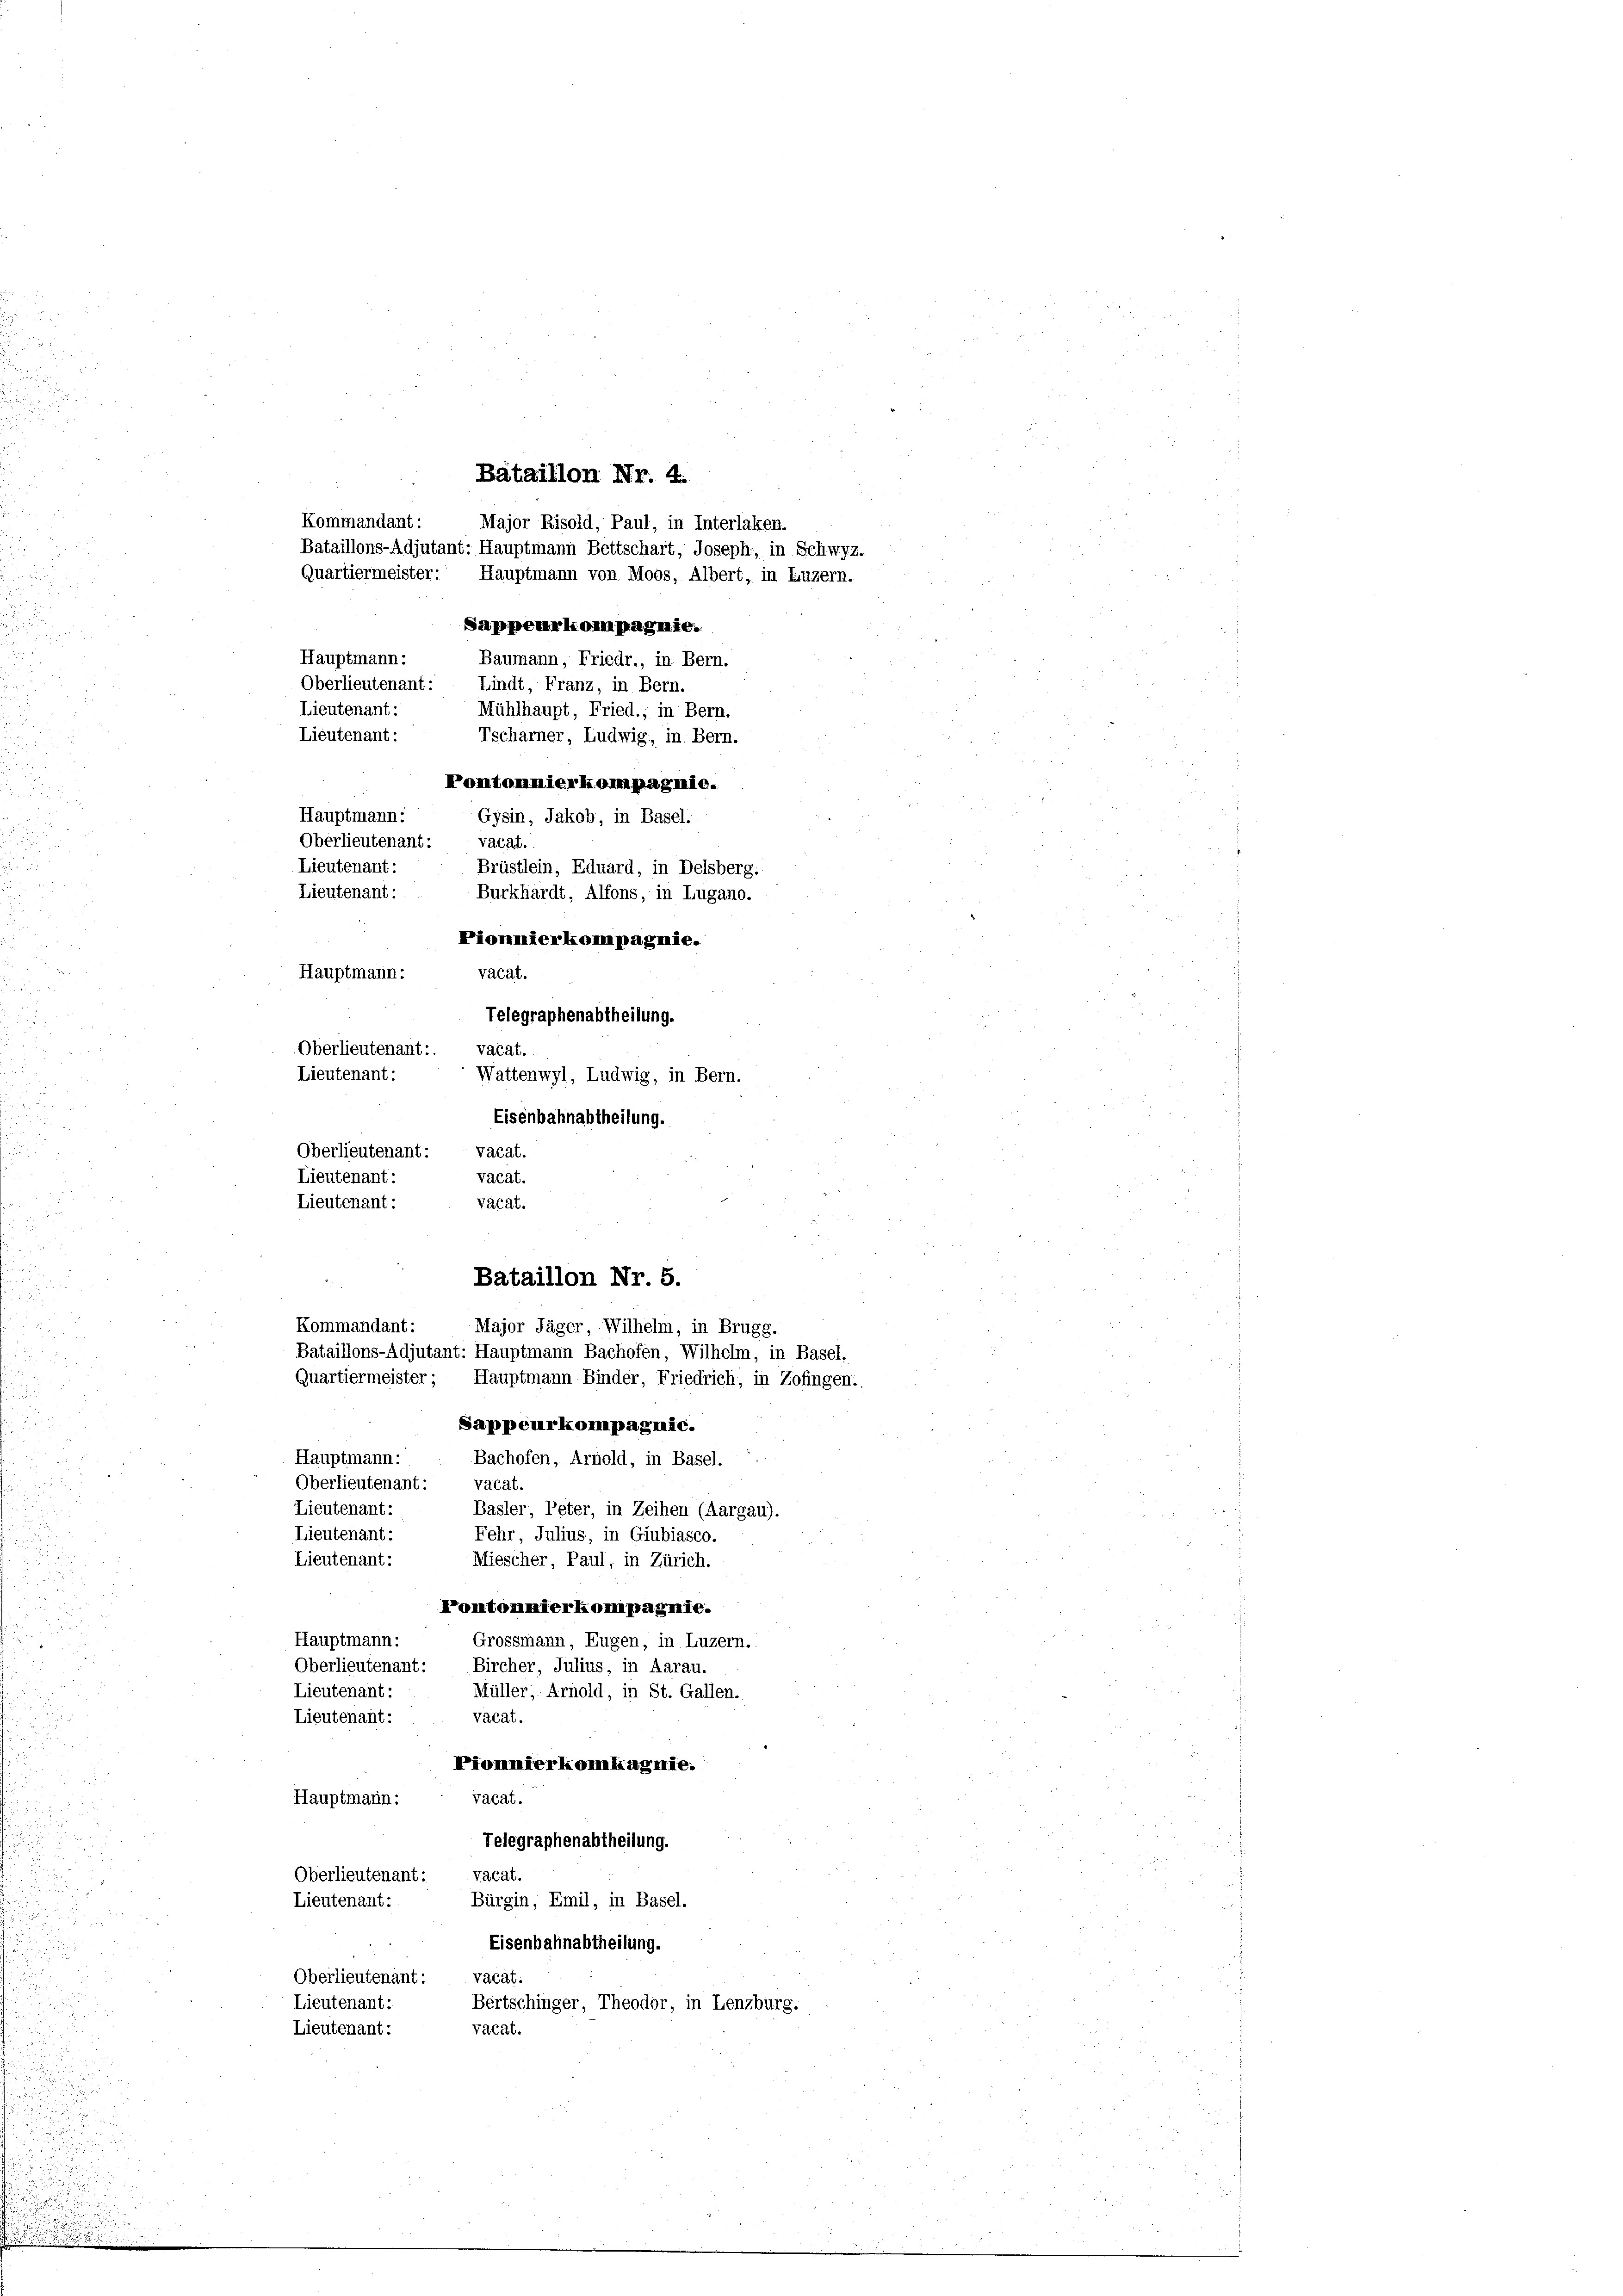
Oberlieutenant: vacat.
Lieutenant:
vacat.
Lieutenant:
vacat.
Bataillon Nr. 5.
Kommandant:
Major Jäger, Wilhelm, in Brugg.
Bataillons-Adjutant: Hauptmann Bachofen, Wilhelm, in Basel,
Quartiermeister; Hauptmann Binder, Friedrich, in Zofingen:
Sappeurkompagnie.
Hauptmann:
Bachofen, Arnold, in Basel.
Oberlieutenant:
Vacat.
Lieutenant:
Basler, Peter, in Zeihen (Aargau).
Lieutenant:
Fehr Julius, in Giubiasco.
Lieutenant:
Miescher, Paul, in Zürich.
Pontonnierkompagnie.
Hauptmann:
Grossmann, Eugen, in Luzern.
Oberlieutenant: Bircher, Julius, in Aarau.
Lieutenant:
Müller, Arnold, in St. Gallen.
vacat.
Lieutenant:
Piommierkomkagnie:
vacat.
Hauptmann:
Telegraphenabtheilung.
vacat.
Oberlieutenant:
Lieutenant:
Bürgin, Emil, in Basel.
d
Eisenbahnabtheilung.
Oberlieutenant: vacat.
Lieutenant:
Bertschinger, Theodor, in Lenzburg.
vacat.
Lieutenant:

Bataillon Nr. 4
Kommandant:
Bataillons-Adjutant: Hauptmann Bettschart, Joseph, in Schwyz,
Quartiermeister:
Sappeurkompagnie.
Hauptmann:
Baumann, Friedr., in Bern.
Oberlieutenant: Lindt, Franz, in Bern.
e
Lieutenant:
Mühlhaupt, Fried.; in Bern.
Lieutenant:
Tscharner, Ludwig, in Bern.
Pontonnierkompagnie.
Hauptmann:
Gysin, Jakob, in Basel.
Oberlieutenant: vacat.
Lieutenant:
Brüstlein, Eduard, in Delsberg:
Lieutenant:
Burkhardt, Alfons, in Lugano.
Pionierkompagnie.
vacat.
Hauptmann:
Telegraphenabtheilung.
Oberlieutenant:. vacat.
Lieutenant:
Wattenwyl, Ludwig, in Bern.
Eisenbahnabtheilung.

Major Risold, Paul, in Interlaken.
Hauptmann von Moos, Albert, in Luzern.